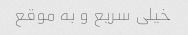
خیلی سریع و به موقع